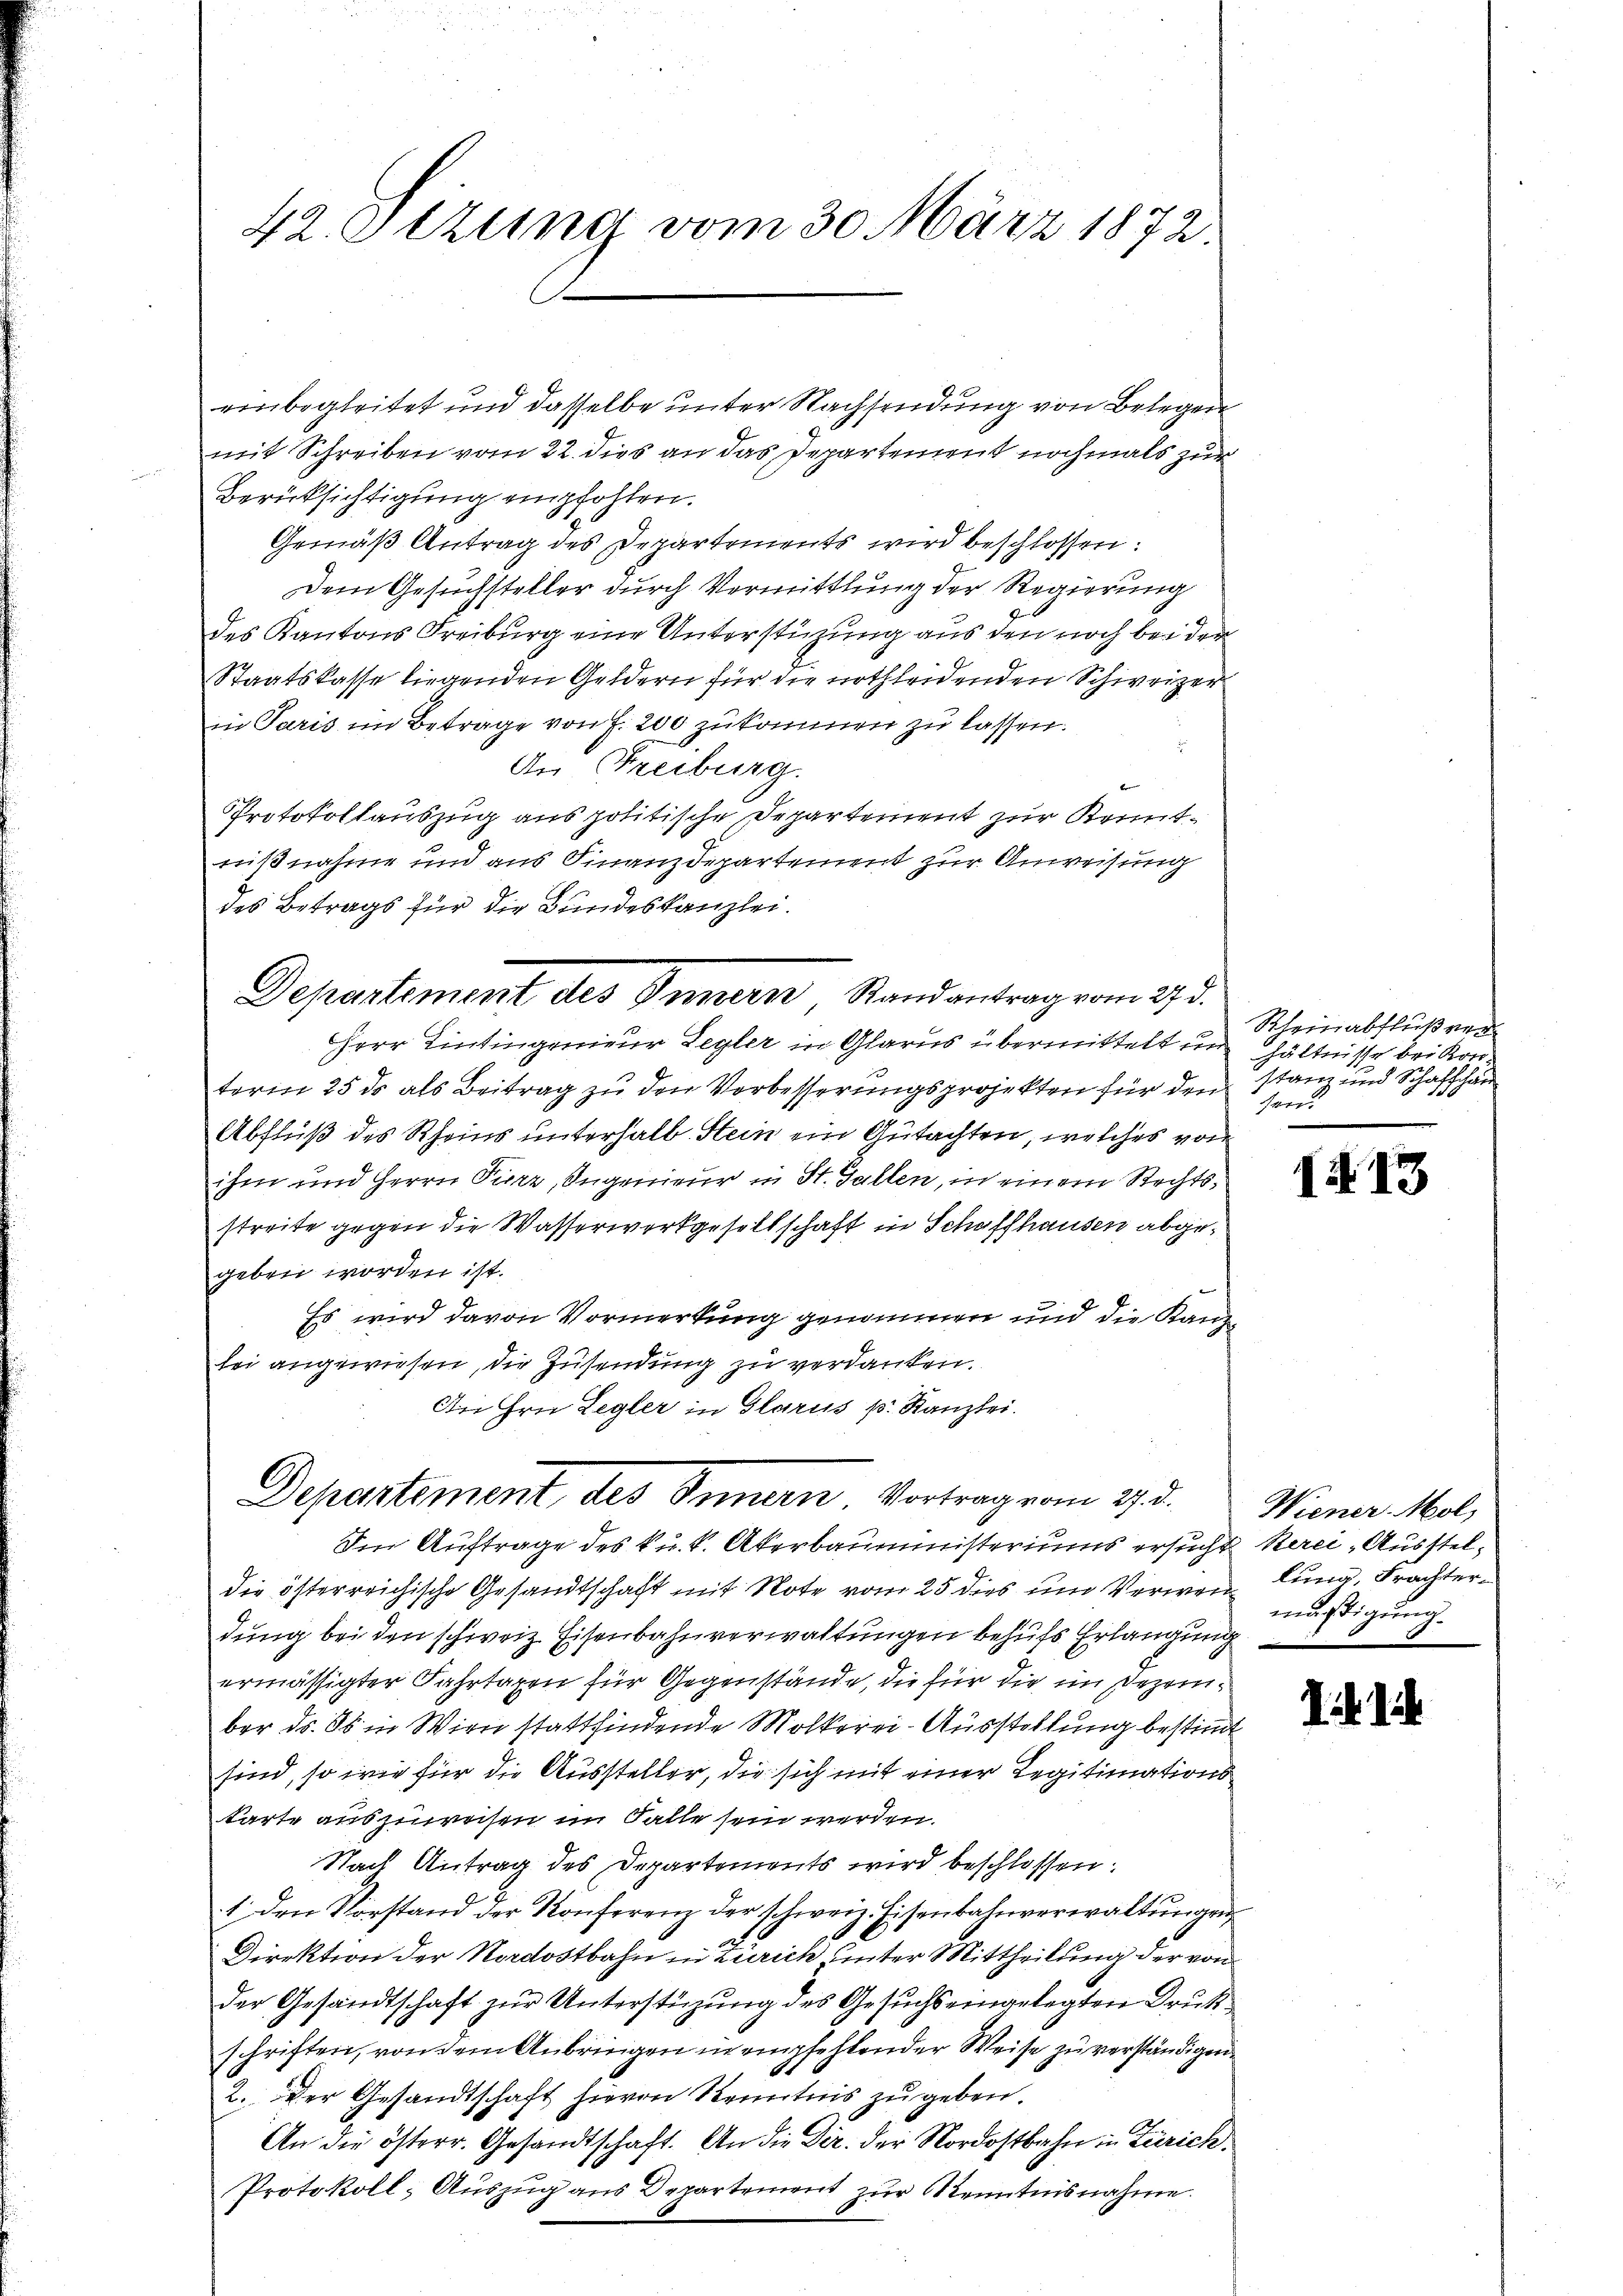
42. Sizung vom 30. März 1872.

rinbegleitet und dasselbe unter Nachsendung von Belegen
mit Schreiben vom 22. dies an das Departement nochmals zur
Berücksichtigung empfohlen.
Gemäß Antrag des Departements wird beschlossen:
Dem Gesuchsteller durch Vermittlung der Regierung
des Kantons Freiburg eine Unterstüzung aus den noch bei der
Staatskasse liegenden Geldern für die nothleidenden Schweizer
in Paris im Betrage von 7. 200 zukommen zu lassen.
An Freiburg.
Protokollauszug aus politische Departement zur Kenntnißnahme und aus Finanzdepartement zur Anweisung
des Betrags für die Bundeskanzlei.
Herr Lintingenieur Legler in Glarus übermittelt in hältnisse bei Konterm 25. ds als Beitrag zu den Verbesserungsprojekten für den stanz und Schaffhau
Abfluß des Rheins unterhalb Stein ein Gutachten, welches von
ihm und Herrn Purz, Ingenieur in St. Gallen, in einem Rechtsstreite gegen die Wasserwerkgesellschaft in Schaffhausen abgegeben worden ist.
Es wird davon Vormerkung genommen und die Kanzlei angewiesen, die Zusendung zu verdanken.
An Hrn. Legler in Glarus p. Kanzlei.
Departement des Innern Vortrag vom 27. d.
Im Auftrage des k. k. Akerbauministeriums ersucht Rerei Aussteldie österreichische Gesandtschaft mit Note vom 25 dies und Verwen müstigung
dung bei den schweiz. Eisenbahnverwaltungen behufs Erlangung
ermässigter Fahrtaxen für Gegenstände, die für die im Dezember ds. Ob in Wien stattfindende Mölkerei- Ausstellung bestimmt
sind, so wie für die Aussteller, die sich mit einer Legitimationskarte auszuweisen im Falle sein werden.
Nach Antrag des Departements wird beschlossen:
1 den Vorstand der Konferenz der schweiz. Eisenbahnverwaltungen
Direktion der Nordostbahn in Zürich unter Mittheilung der von
der Gesandtschaft zur Unterstüzung des Gesuchs eingelegten Drukschriften, von dem Anbringen in empfehlender Weise zu verständigen.
2. Der Gesandtschaft hievon Kenntnis zu geben.
An die österr. Gesandtschaft. An die Dir. der Nordostbahn in Zürich.
Protokoll- Auszug aus Departement zŭr Kenntnisnahme.

Departement des Innern Randantrag vom 27.

Rheinabflußre
son.

i 13

Wiener Mol
lung, Frachter¬

i